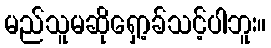
မည်သူမဆိုရှော့ခ်သင့်ပါဘူး။